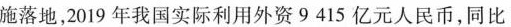
施落地，2019年我国实际利用外资9415亿元人民币，同比